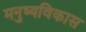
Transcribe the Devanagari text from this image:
मनुष्यविकास